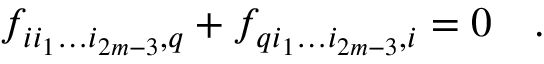
f _ { i i _ { 1 } \dots i _ { 2 m - 3 } , q } + f _ { q i _ { 1 } \dots i _ { 2 m - 3 } , i } = 0 \quad .